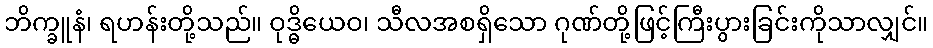
ဘိက္ခူနံ၊ ရဟန်းတို့သည်။ ဝုဒ္ဓိယေဝ၊ သီလအစရှိသော ဂုဏ်တို့ဖြင့်ကြီးပွားခြင်းကိုသာလျှင်။